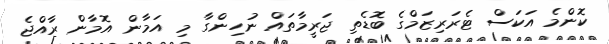
ކޮންމެ އަކަސް ޓެރަރިޒަމްގެ ބޮޑެތި ޖަރީމާތައް ނުހިންގާ މި އަމާން އޮމާން ރާއްޖެ